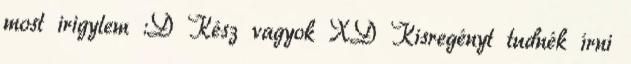
most irigylem :D Kész vagyok XD Kisregényt tudnék írni